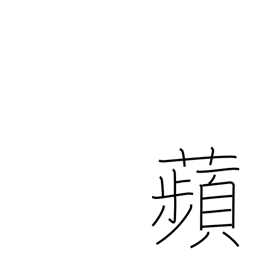
Meaning: duckweed